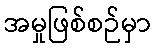
အမှုဖြစ်စဉ်မှာ